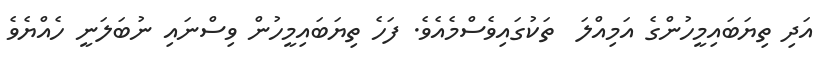
އަދި ތިޔަބައިމީހުންގެ އަމިއްލަ  ތަކުގައިވެސްމެއެވެ. ފަހެ ތިޔަބައިމީހުން ވިސްނައި ނުބަލަނީ ހެއްޔެވެ